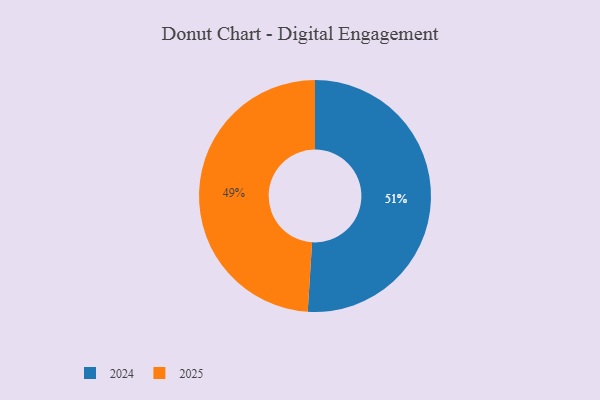
{"axis": {"x": "Category", "y": "Percentage"}, "legend": ["2024", "2025"], "data": [{"x": "2025", "y": 49, "type": "2025"}, {"x": "2024", "y": 51, "type": "2024"}]}